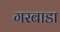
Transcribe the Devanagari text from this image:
गरबाडा